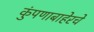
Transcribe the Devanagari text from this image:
कुंपणाबाहेरचे